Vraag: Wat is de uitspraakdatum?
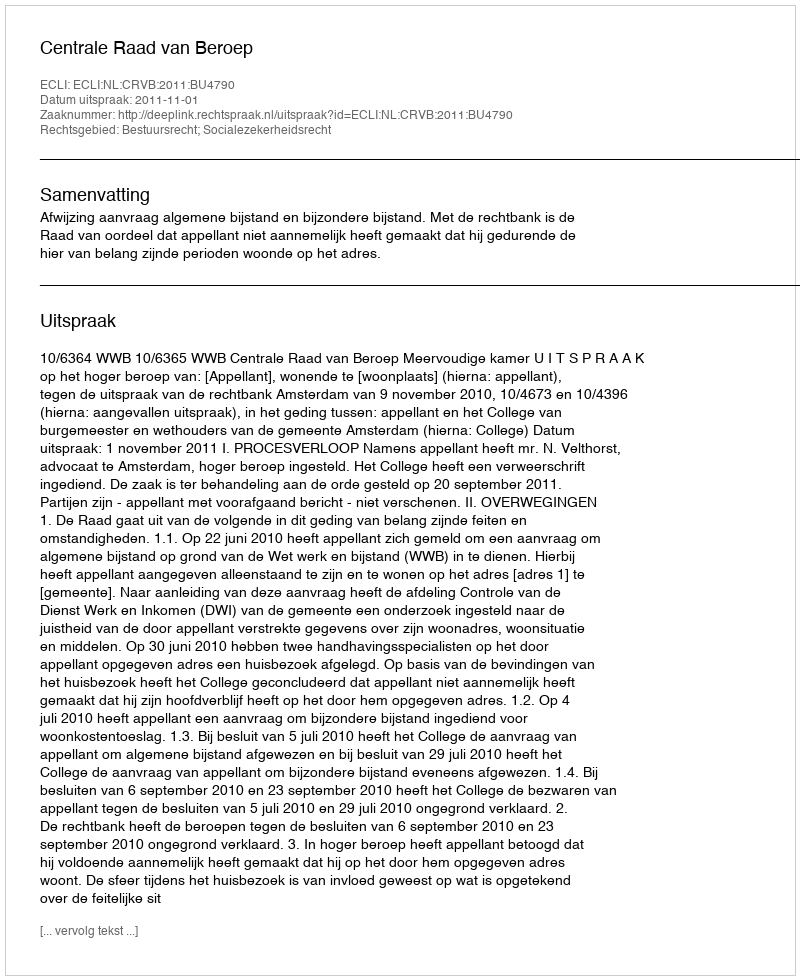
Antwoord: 2011-11-01